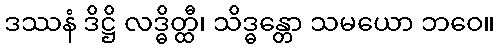
ဒဿနံ ဒိဋ္ဌိ လဒ္ဓိတ္ထီ၊ သိဒ္ဓန္တော သမယော ဘဝေ။